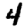
Digit: 4